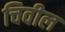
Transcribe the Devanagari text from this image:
चिवील